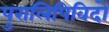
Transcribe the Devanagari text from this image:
पुरालिपिविदों